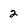
Character: 2